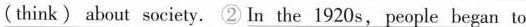
(think) about society. ② In the 1920s, people began to